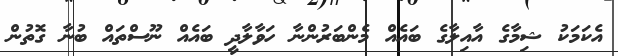
އެކަމަކު ޝިމާގެ އާއިލާގެ ބައެއް މެންބަރުންނާ ހަވާލާދީ ބައެއް ނޫސްތައް ބުނާ ގޮތުން